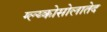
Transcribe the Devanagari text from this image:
ग्ल्य्कोसोलातेद